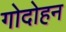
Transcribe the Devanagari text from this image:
गोदोहन